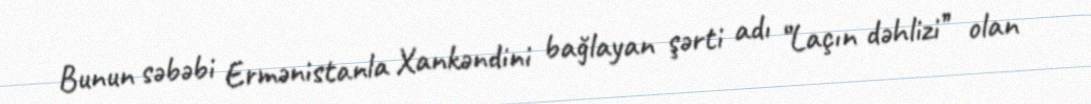
Bunun səbəbi Ermənistanla Xankəndini bağlayan şərti adı ‘’Laçın dəhlizi’’ olan